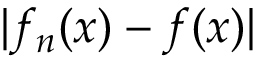
| f _ { n } ( x ) - f ( x ) |